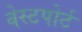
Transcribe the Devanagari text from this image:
वेस्‍टपोर्ट